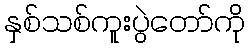
နှစ်သစ်ကူးပွဲတော်ကို